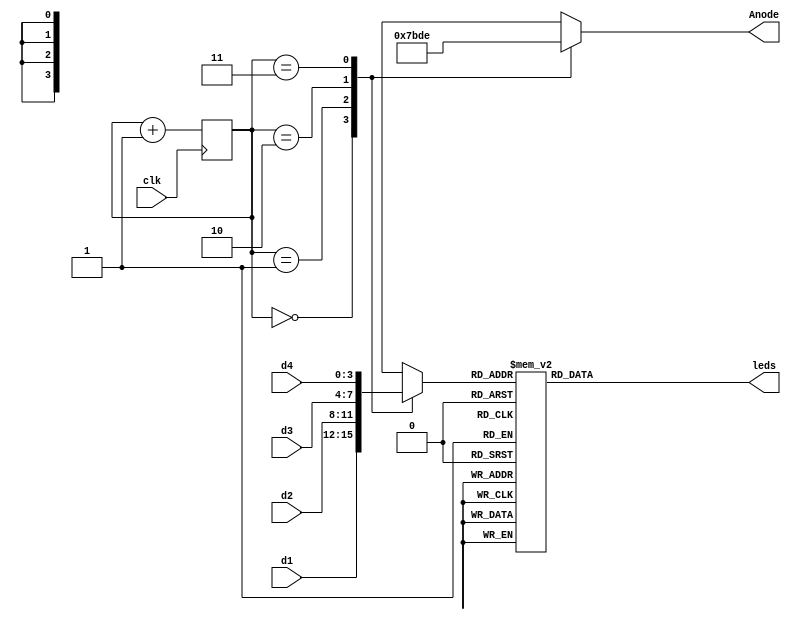
module disp(clk, d1, d2, d3, d4, leds, Anode);

input clk;
input [3:0] d1;
input [3:0] d2;
input [3:0] d3;
input [3:0] d4;
output reg [6:0] leds;
output reg [3:0] Anode;

reg [1:0] activate = 0;
reg [3:0] digit;

initial begin
    activate = 0;
    digit = 4'b0000;
end

always@ (posedge clk) begin
    activate <= activate + 1;
end

always@ (*) begin
    case(activate)
        2'b00: begin
            Anode = 4'b0111;
            digit = d1;
//            if(mode == 2'b10) begin
//                if(in == 2'b11) begin
//                    digit = 4'b1000;
//                end else begin
//                    digit = 4'b1111;
//                end
//            end else if(mode == 2'b11) begin
//                digit = 4'b1111;
//            end else begin
//                digit = 4'b0100;
//            end
        end
        2'b01: begin
            Anode = 4'b1011;
            digit = d2;
//            case(mode)
//                2'b00: begin
//                    digit = 4'b0001;
//                end
//                2'b01: begin
//                    digit = 4'b0010;
//                end
//                2'b10: begin
//                    if(in == 2'b11) begin
//                        digit = 4'b0001;
//                    end else begin
//                        digit = 4'b0100;
//                    end
//                end
//                2'b11: begin
//                    digit = 4'b1111;
//                end
//            endcase
        end
        2'b10: begin
            Anode = 4'b1101;
            digit = d3;
//            if(mode == 2'b10) begin
//                if(in == 2'b11) begin
//                    digit = 4'b0100;
//                end else if(in == 2'b01) begin
//                    digit = 4'b0001;
//                end else begin
//                    digit = 4'b0010;
//                end
//            end else begin
//                digit = 4'b1111;
//            end
        end
        2'b11: begin
            Anode = 4'b1110;
            digit = d4;
//            if(mode == 2'b10) begin
//                if(in == 2'b11) begin
//                    digit = 4'b0010;
//                end else begin
//                    digit = 4'b1111;
//                end
//            end else if(mode == 2'b11) begin
//                digit = 4'b1111;
//            end else begin
//                digit = in;
//            end
        end
        default: begin
            Anode = 4'b0111;
            digit = 4'b1011;
        end
     endcase
end

always@ (*) begin
    case(digit)
         4'b0000: leds = 7'b1000000;  // 0
         4'b0001: leds = 7'b1111001;  // 1
         4'b0010: leds = 7'b0100100;  // 2
         4'b0100: leds = 7'b0001100;  // P
         4'b0101: leds = 7'b0101111;  // R? its small :(
         4'b0110: leds = 7'b0010010;  // S?
         4'b1000: leds = 7'b0111111;  // -
         4'b1111: leds = 7'b1111111;  // off
//         4'b0001: leds = 7'b1111001; 
//         4'b0010: leds = 7'b0100100;
//         4'b0011: leds = 7'b0110000;
//         4'b0100: leds = 7'b0011001;
//         4'b0101: leds = 7'b0010010;
//         4'b0110: leds = 7'b0000010;
//         4'b0111: leds = 7'b1111000;
//         4'b1000: leds = 7'b0000000;
//         4'b1001: leds = 7'b0011000;
//         4'b1111: leds = 7'b1111111;
         default: leds = 7'b0111110;  // just a werid shape
     endcase
end

endmodule